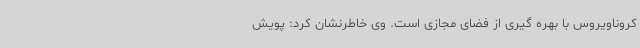
کروناویروس با بهره گیری از فضای مجازی است. وی خاطرنشان کرد: پویش